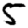
Digit: 5